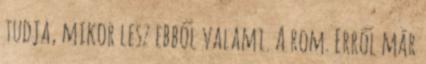
tudja, mikor lesz ebből valami. A rom. Erről már